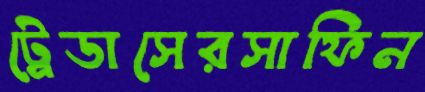
ট্রেডাসেরসাফিন